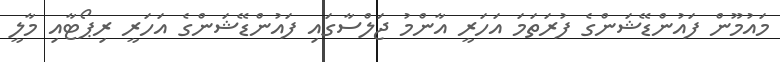
މައުމޫން ފައުންޑޭޝަންގެ ފުރަތަމަ އަހަރީ އާންމު ޖަލްސާގައި ފައުންޑޭޝަންގެ އަހަރީ ރިޕޯޓާއި މާލީ